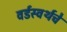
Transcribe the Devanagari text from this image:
वर्डस्वर्थचे